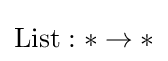
\mathrm {List} :\ast \to \ast